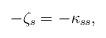
LaTeX: \begin{align*}-\zeta_{s}=-\kappa_{ss},\end{align*}